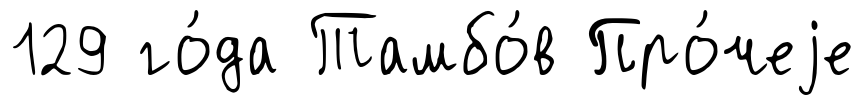
129 го́да Тамбо́в Про́чеjе